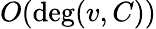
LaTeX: O(\deg(v,C))